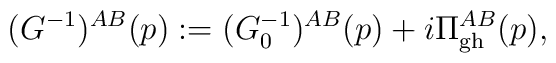
(G^{-1})^{AB}(p)  := (G_0^{-1})^{AB}(p) +   i \Pi_{\rm gh}^{AB}(p) ,